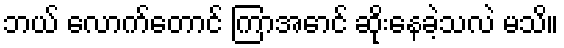
ဘယ် လောက်တောင် ကြာအောင် ဆိုးနေခဲ့သလဲ မသိ။